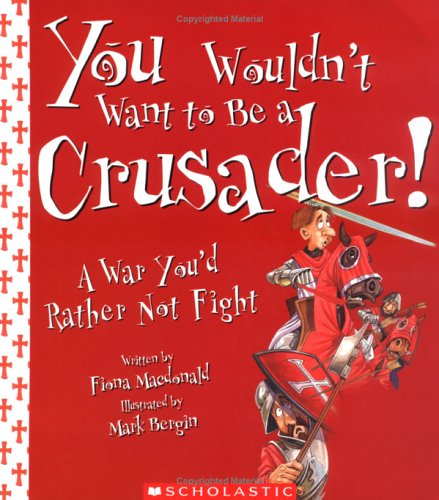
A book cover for You Wouldn't Want to Be a Crusader!: A War You'd Rather Not Fight; Fiona MacDonald; Children's Books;